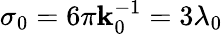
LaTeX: \sigma_{0}=6\pi\mathbf{k}_{0}^{-1}=3\lambda_{0}